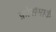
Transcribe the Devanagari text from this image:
फ़ोर्समार्क